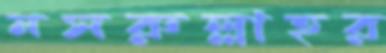
নসরুল্লাহর